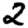
Digit: 2